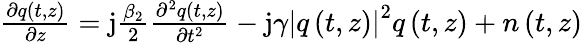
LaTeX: \begin{array}{r}{\frac{\partial q\left(t,z\right)}{\partial z}=\mathrm{j}\frac{\beta_{2}}{2}\frac{\partial^{2}q\left(t,z\right)}{\partial t^{2}}-\mathrm{j}\gamma\left\vert q\left(t,z\right)\right\vert^{2}q\left(t,z\right)+n\left(t,z\right)}\end{array}